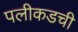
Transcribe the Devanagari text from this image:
पलीकडची